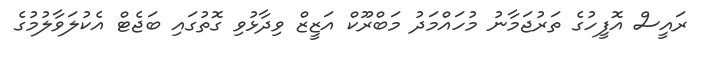
ރައީސް އޮފީހުގެ ތަރުޖަމާނު މުހައްމަދު މަބްރޫކް އަޒީޒް ވިދާޅުވި ގޮތުގައި ބަޖެޓް އެކުލަވާލުމުގެ